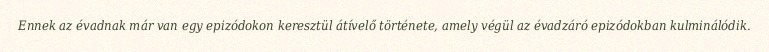
Ennek az évadnak már van egy epizódokon keresztül átívelő története, amely végül az évadzáró epizódokban kulminálódik.